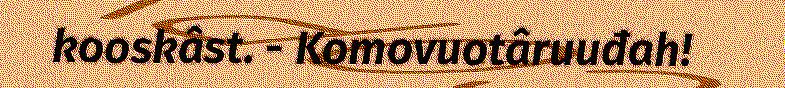
kooskâst. - Komovuotâruuđah!